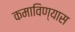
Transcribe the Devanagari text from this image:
कमाविण्यास